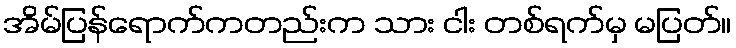
အိမ်ပြန်ရောက်ကတည်းက သား ငါး တစ်ရက်မှ မပြတ်။